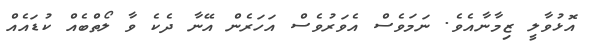
އޮޅުވާލީ ޒިމާނާއެވެ. ނަމަވެސް އެވަރުވެސް އަހަރެން އޭނާ ދެކެ ވާ ލޯތްބެއް ކުޑައެއް